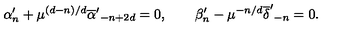
\alpha _ { n } ^ { \prime } + \mu ^ { ( d - n ) / d } { \overline { \alpha } ^ { \prime } } _ { - n + 2 d } = 0 , \qquad \beta _ { n } ^ { \prime } - \mu ^ { - n / d } { \overline { \delta } ^ { \prime } } _ { - n } = 0 .